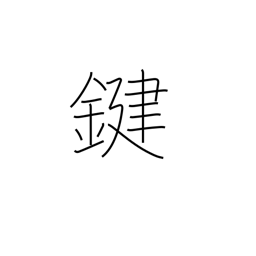
Meaning: key